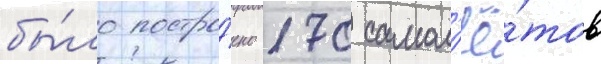
бы́ло постро́ено 170 самол'ё́тов